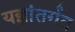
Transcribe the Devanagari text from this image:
यज्ञांतर्गत